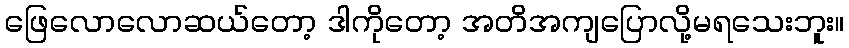
ဖြေလောလောဆယ်တော့ ဒါကိုတော့ အတိအကျပြောလို့မရသေးဘူး။